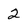
Character: 2